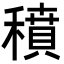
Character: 𥢊